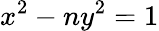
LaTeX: x^{2}-ny^{2}=1